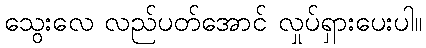
သွေးလေ လည်ပတ်အောင် လှုပ်ရှားပေးပါ။